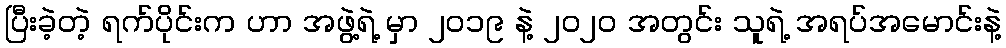
ပြီးခဲ့တဲ့ ရက်ပိုင်းက ဟာ အဖွဲ့ရဲ့ မှာ ၂၀၁၉ နဲ့ ၂၀၂၀ အတွင်း သူရဲ့ အရပ်အမောင်းနဲ့